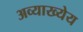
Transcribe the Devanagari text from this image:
अव्याख्येय